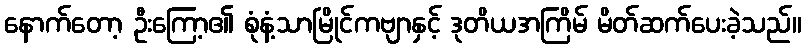
နောက်တော့ ဦးကြော့၏ စုံနံ့သာမြိုင်ကဗျာနှင့် ဒုတိယအကြိမ် မိတ်ဆက်ပေးခဲ့သည်။